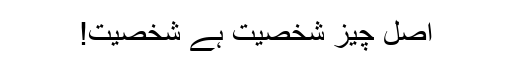
اصل چیز شخصیت ہے شخصیت!